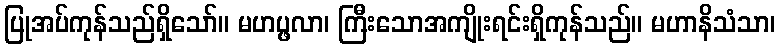
ပြုအပ်ကုန်သည်ရှိသော်။ မဟပ္ဖလာ၊ ကြီးသောအကျိုးရင်းရှိကုန်သည်။ မဟာနိသံသာ၊